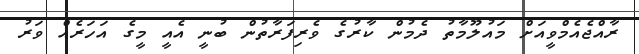
ރާއްޖެއެމްވީއަށް މައުލޫމާތު ދެމުން ކާރުގެ ވެރިފަރާތުން ބުނީ އެއީ މީގެ އަހަރެއް ވަރު